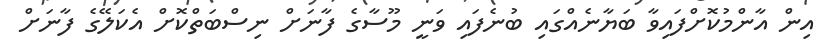
އިން އާންމުކޮށްފައިވާ ބަޔާނެއްގައި ބުނެފައި ވަނީ މޫސާގެ ފާނަށް ނިސްބަތްކޮށް އެކަލޭގެ ފާނަށް